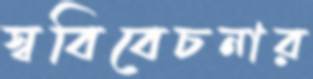
স্ববিবেচনার